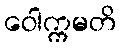
ဝေါက္ကမတိ